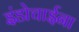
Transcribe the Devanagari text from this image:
इंडोचाईना